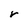
Character: r